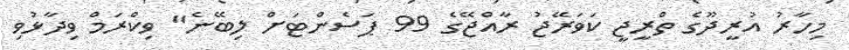
މިހާރު އުރީދޫގެ ތްރީޖީ ކަވަރޭޖު ރާއްޖޭގެ 99 ޕަސެންޓަށް ލިބޭނެ" ވިކްރަމް ވިދާޅުވި